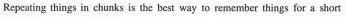
Repeating things in chunks is the best way to remember things for a short